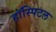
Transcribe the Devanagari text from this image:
हॉस्पिटल